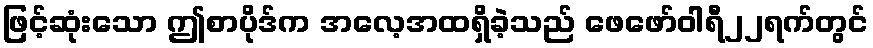
ဖြင့်ဆုံးသော ဤစာပိုဒ်က အလေ့အထရှိခဲ့သည် ဖေဖော်ဝါရီ၂၂ရက်တွင်